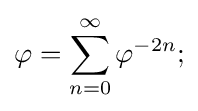
\varphi =\sum _{n=0}^{\infty }\varphi ^{-2n};